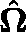
\hat { \mathbf { \Omega } }